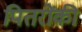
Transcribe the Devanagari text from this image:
पितरोंकी